Vaccination United Provinces of Agra and Oudh 1902-1913 - 1902-1913
Year: 1902
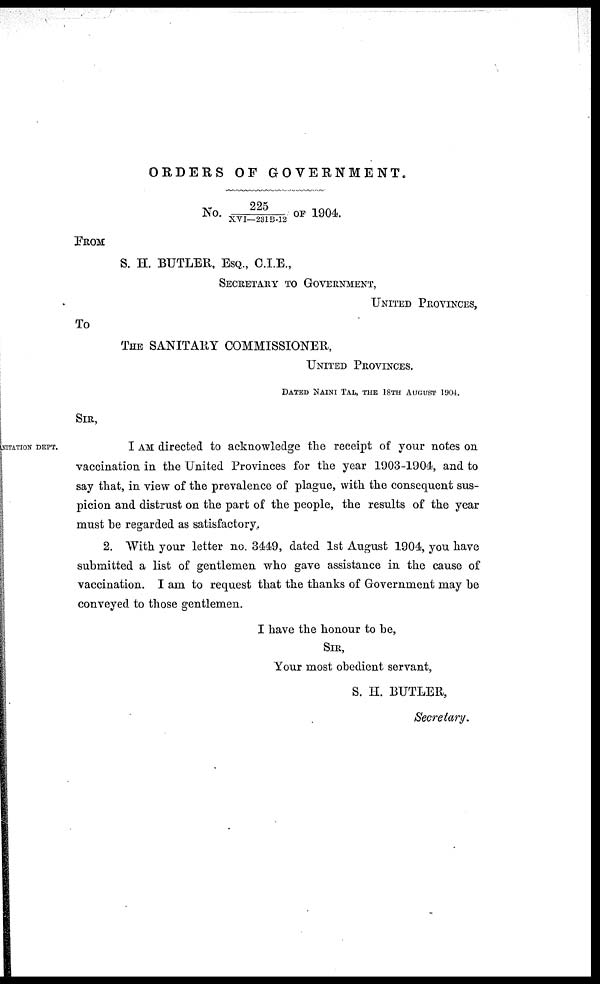
ORDERS OF GOVERNMENT.
No. 225/XVI—231B-12 OF 1904.
FROM
S. H. BUTLER, ESQ., C.I.E.,
SECRETARY TO GOVERNMENT,
UNITED PROVINCES,
To
THE SANITARY COMMISSIONER,
UNITED PROVINCES.
DATED NAINI TAL, THE 18TH AUGUST 1904.
SIR,
NITATION DEPT.
I AM directed to acknowledge the receipt of your notes on
vaccination in the United Provinces for the year 1903-1904, and to
say that, in view of the prevalence of plague, with the consequent sus-
picion and distrust on the part of the people, the results of the year
must be regarded as satisfactory.
2. With your letter no. 3449, dated 1st August 1904, you have
submitted a list of gentlemen who gave assistance in the cause of
vaccination. I am to request that the thanks of Government may be
conveyed to those gentlemen.
I have the honour to be,
SIR,
Your most obedient servant,
S. H. BUTLER,
Secretary.